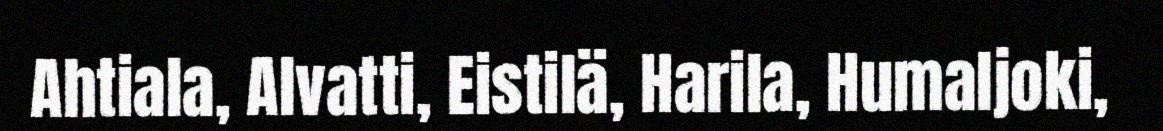
Ahtiala, Alvatti, Eistilä, Harila, Humaljoki,